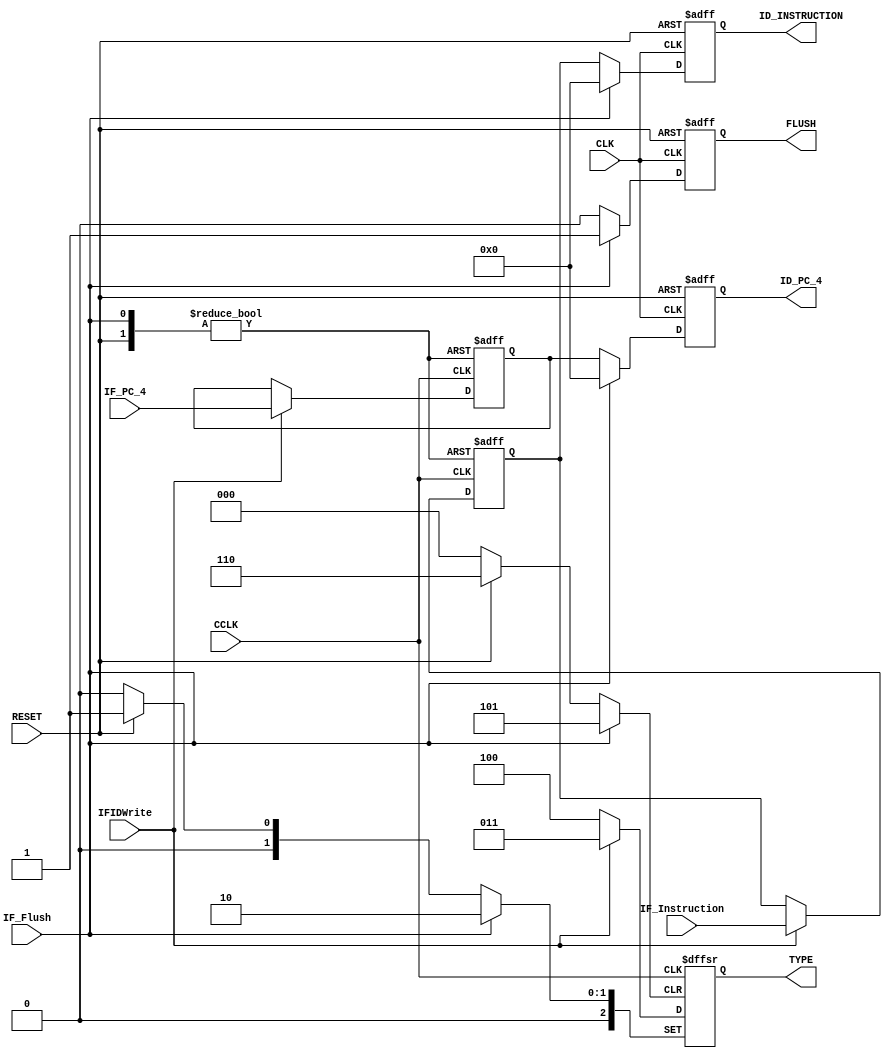
module IFID_Reg(
	input CLK, RESET, CCLK,
	input IFIDWrite,
	input [31:0] IF_Instruction,
	input IF_Flush,
	input [31:0] IF_PC_4,
	output reg [31:0] ID_INSTRUCTION,
	output reg [31:0] ID_PC_4,
	output reg FLUSH,
	output reg [2:0] TYPE
	);

	reg [31:0] ID_Instruction;
	reg [31:0] id_pc_4;
	reg flush;


always @(posedge CCLK or posedge RESET or posedge IF_Flush)
begin
	if (RESET == 1'b1)
	begin
		ID_Instruction <= 32'b0;
		id_pc_4 <= 32'b0;
		flush <= 1'b0;
		TYPE <= 3'd1;
	end
	else
	begin
		if (IF_Flush == 1'b1)
		begin
			ID_Instruction <= 32'b0;
			id_pc_4 <= 32'b0;
			flush <= 1'b1;
			TYPE <= 3'd2;
		end
		//else
		//begin
			else if (IFIDWrite == 1'b1)
			begin
				ID_Instruction <= IF_Instruction;
				id_pc_4 <= IF_PC_4;
				flush <= 1'b0;
				TYPE <= 3'd3;
			end
			else
			begin
				ID_Instruction <= ID_Instruction;
				id_pc_4 <= id_pc_4;
				flush <= 1'b0;
				TYPE <= 3'd4;
			end
		//end
	end
end

always@(posedge CLK or posedge RESET) begin
		if (RESET == 1'b1)
		begin
			ID_INSTRUCTION <= 32'b0;
			ID_PC_4 <= 32'b0;
			FLUSH <= 1'b0;
			//TYPE <= 3'd1;
		end
		else if (IF_Flush == 1'b1)
		begin
			ID_INSTRUCTION <= 32'b0;
			ID_PC_4 <= 32'b0;
			FLUSH <= 1'b1;
		end
		else begin
			ID_INSTRUCTION <= ID_Instruction;
			ID_PC_4 <= id_pc_4;
			FLUSH <= 1'b0;
		end
end


endmodule